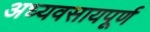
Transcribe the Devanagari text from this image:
अध्यवसायपूर्ण